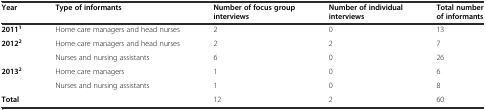
<table><thead><tr><td><b>Year</b></td><td><b>Type of informants</b></td><td><b>Number of focus group interviews</b></td><td><b>Number of individual interviews</b></td><td><b>Total number of informants</b></td></tr></thead><tbody><tr><td><b>2011</b><sup><b>1</b></sup></td><td>Home care managers and head nurses</td><td>2</td><td>0</td><td>13</td></tr><tr><td><b>2012</b><sup><b>2</b></sup></td><td>Home care managers and head nurses</td><td>2</td><td>2</td><td>7</td></tr><tr><td></td><td>Nurses and nursing assistants</td><td>6</td><td>0</td><td>26</td></tr><tr><td><b>2013</b><sup><b>2</b></sup></td><td>Home care managers</td><td>1</td><td>0</td><td>6</td></tr><tr><td></td><td>Nurses and nursing assistants</td><td>1</td><td>0</td><td>8</td></tr><tr><td><b>Total</b></td><td></td><td>12</td><td>2</td><td>60</td></tr></tbody></table>